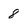
Character: 8